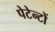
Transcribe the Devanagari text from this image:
पेटेन्टों